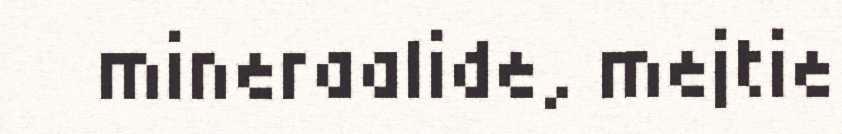
mineraalide, mejtie